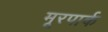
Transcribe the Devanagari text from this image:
मूरपार्क